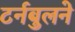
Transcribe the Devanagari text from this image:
टर्नबुलने